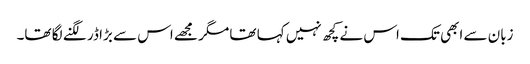
زبان سے ابھی تک اس نے کچھ نہیں کہا تھا مگر مجھے اس سے بڑا ڈر لگنے لگا تھا۔